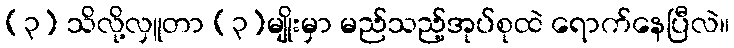
(၃) သိလို့လှူတာ (၃)မျိုးမှာ မည်သည့်အုပ်စုထဲ ရောက်နေပြီလဲ။